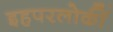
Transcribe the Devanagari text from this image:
इहपरलोकीं